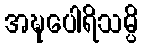
အဍ္ဎပေါရိသမ္ပိ